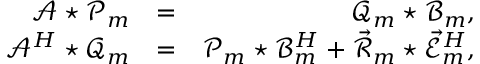
\begin{array} { r l r } { \mathcal { A } \star \mathcal { P } _ { m } } & { = } & { \mathcal { Q } _ { m } \star \mathcal { B } _ { m } , } \\ { \mathcal { A } ^ { H } \star \mathcal { Q } _ { m } } & { = } & { \mathcal { P } _ { m } \star \mathcal { B } _ { m } ^ { H } + \vec { \mathcal { R } } _ { m } \star \vec { \mathcal { E } } _ { m } ^ { H } , } \end{array}